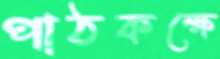
পাঠকক্ষে